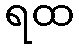
ရထ